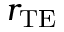
r _ { \mathrm { T E } }